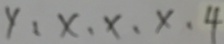
y : x . x . x . 4